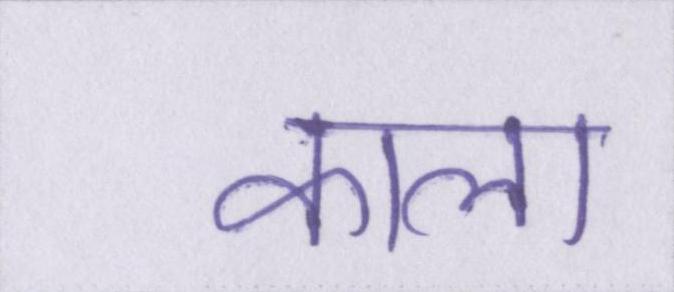
काला